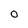
Character: O